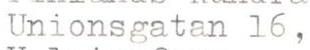
Unionsgatan 16,